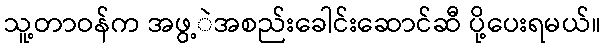
သူ့တာဝန်က အဖွ့ဲအစည်းခေါင်းဆောင်ဆီ ပို့ပေးရမယ်။